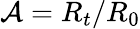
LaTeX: \mathcal{A}=R_{t}/R_{0}